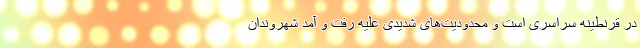
در قرنطینه سراسری است و محدودیت‌های شدیدی علیه رفت و آمد شهروندان